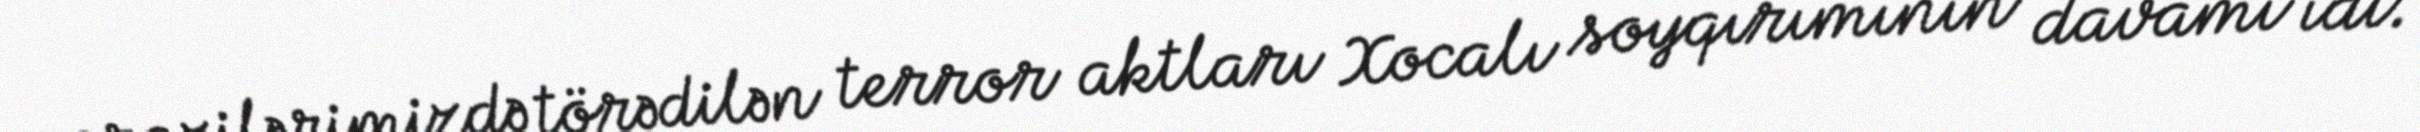
ərazilərimizdə törədilən terror aktları Xocalı soyqırımının davamı idi.